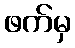
ဖက်မှ